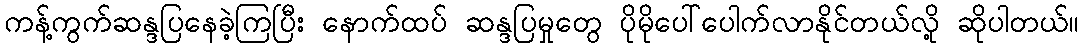
ကန့်ကွက်ဆန္ဒပြနေခဲ့ကြပြီး နောက်ထပ် ဆန္ဒပြမှုတွေ ပိုမိုပေါ်ပေါက်လာနိုင်တယ်လို့ ဆိုပါတယ်။